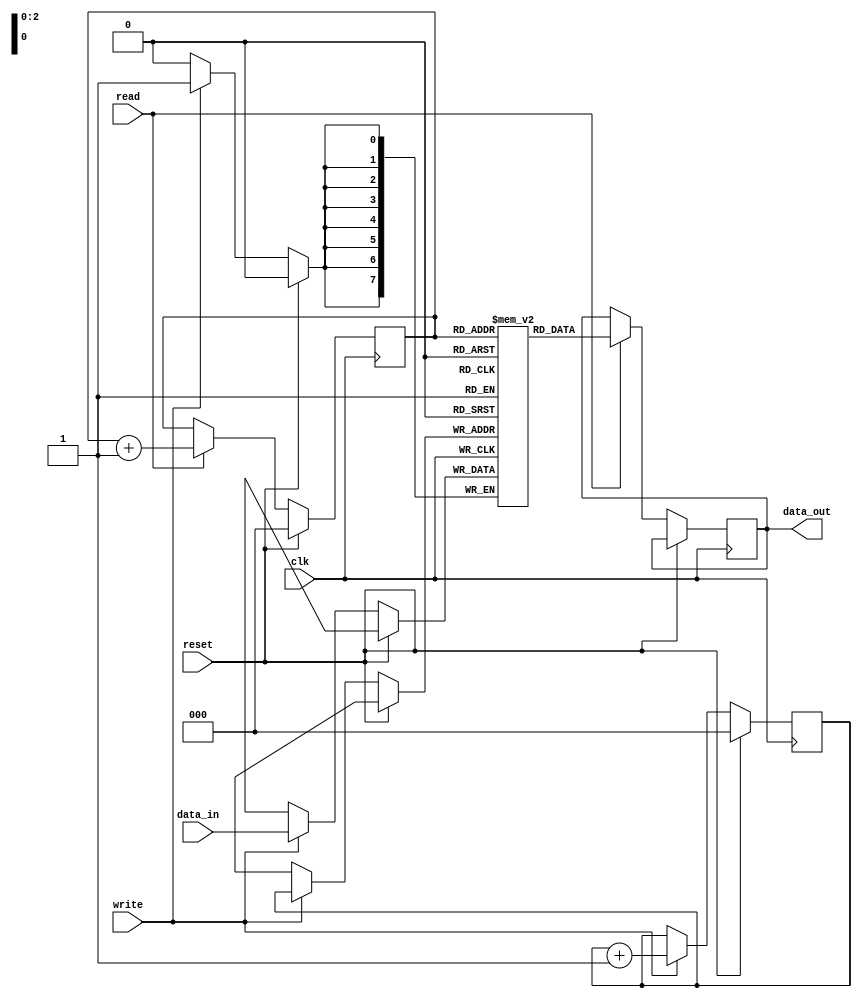
module synchronous_fifo
(
    input wire clk,    // Clock signal
    input wire reset,  // Reset signal
    input wire write,  // Write signal
    input wire read,   // Read signal
    input wire [7:0] data_in,  // Input data
    output reg [7:0] data_out // Output data
);

reg [7:0] memory [0:7]; // Memory structure with 8 locations
reg [2:0] write_ptr;
reg [2:0] read_ptr;

always @(posedge clk) begin
    if (reset) begin
        write_ptr <= 3'b000;
        read_ptr <= 3'b000;
    end else begin
        if (write) begin
            memory[write_ptr] <= data_in;
            write_ptr <= write_ptr + 1;
        end
        if (read) begin
            data_out <= memory[read_ptr];
            read_ptr <= read_ptr + 1;
        end
    end
end

endmodule